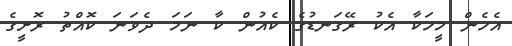
އެހެން މީހަކާ އެކު ރޭގަނޑުގެ ކެއުން ކާ ނަމަ ދެވަނަ ކޮއްތު ރޮށީގެ